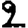
Digit: 2